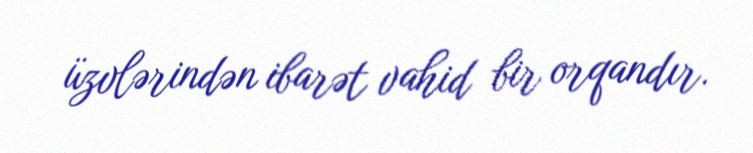
üzvlərindən ibarət vahid bir orqandır.